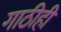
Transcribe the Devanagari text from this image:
गाठीही